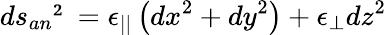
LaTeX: ds_{an}²=\epsilon_{||}\left(dx^{2}+dy^{2}\right)+\epsilon_{\perp}dz^{2}